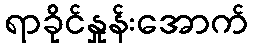
ရာခိုင်နှုန်းအောက်